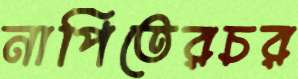
নাপিতেরচর